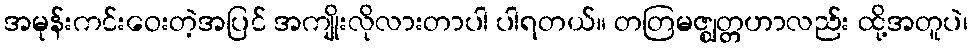
အမုန်းကင်းဝေးတဲ့အပြင် အကျိုးလိုလားတာပါ ပါရတယ်။ တတြမဇ္ဈတ္တဟာလည်း ထို့အတူပဲ၊